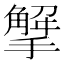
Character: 𢵠